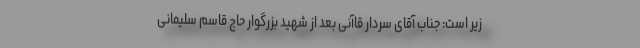
زیر است: جناب آقای سردار قاآنی بعد از شهید بزرگوار حاج قاسم سلیمانی